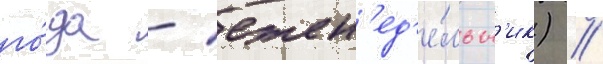
го́да - ежен'ед'е́льн'ик) //